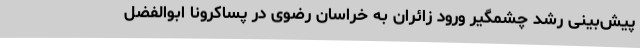
پیش‌بینی رشد چشمگیر ورود زائران به خراسان رضوی در پساکرونا ابوالفضل